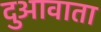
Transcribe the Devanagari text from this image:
दुआवाता